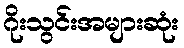
ဂိုးသွင်းအများဆုံး